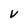
Character: v